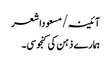
آئینہ/مسعوداشعر
ہمارے ذہن کی کنجوسی۔